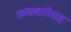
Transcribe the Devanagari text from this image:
क्रमवारीसह